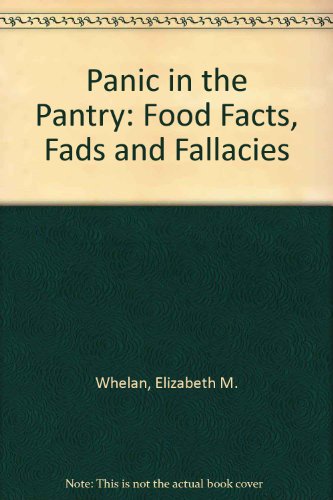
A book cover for Panic in the Pantry: Food Facts, Fads, and Fallacies; Elizabeth M. Whelan; Health, Fitness & Dieting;